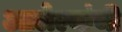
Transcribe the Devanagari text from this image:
आलेल्यांची